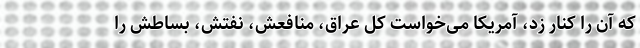
که آن را کنار زد، آمریکا می‌خواست کل عراق، منافعش، نفتش، بساطش را